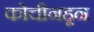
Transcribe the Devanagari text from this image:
कोचीनहून